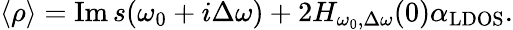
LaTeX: \begin{array}{r}{\langle\rho\rangle=\operatorname{Im}s(\omega_{0}+i\Delta\omega)+2H_{\omega_{0},\Delta\omega}(0)\alpha_{\mathrm{LDOS}}.}\end{array}